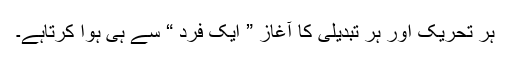
ہر تحریک اور ہر تبدیلی کا آغاز ” ایک فرد “ سے ہی ہوا کرتاہے۔